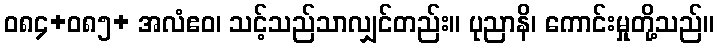
ဝ၈၄+၀၈၅+ အလံဧဝ၊ သင့်သည်သာလျှင်တည်း။ ပုညာနိ၊ ကောင်းမှုတို့သည်။